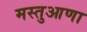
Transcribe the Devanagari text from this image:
मस्तुआणा